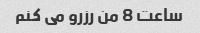
ساعت 8 من رزرو می کنم